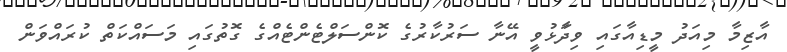
އާޒިމާ މިއަދު މީޑިއާގައި ވިދަާޅުވީ އޭނާ ސަރުކާރުގެ ކޮންސަލްޓެންޓެއްގެ ގޮތުގައި މަަސައްކަތް ކުރައްވަން